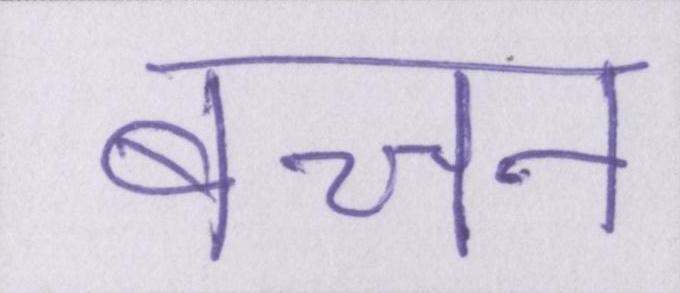
बच्चन